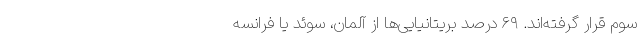
سوم قرار گرفته‌اند. ۶۹ درصد بریتانیایی‌ها از آلمان، سوئد یا فرانسه